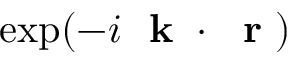
\exp ( - i \mathrm { ~ \bf ~ k ~ } \cdot \mathrm { ~ \bf ~ r ~ } )